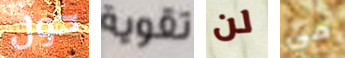
حول تقوية لن في